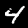
Digit: 4